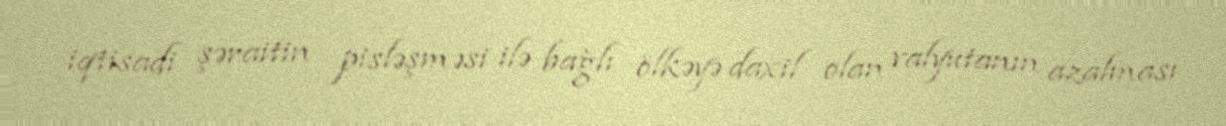
iqtisadi şəraitin pisləşməsi ilə bağlı ölkəyə daxil olan valyutanın azalması